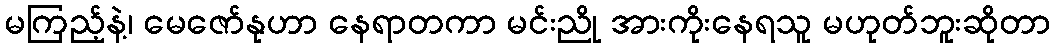
မကြည့်နဲ့၊ မေဇော်နုဟာ နေရာတကာ မင်းညို အားကိုးနေရသူ မဟုတ်ဘူးဆိုတာ